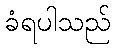
ခံရပါသည်